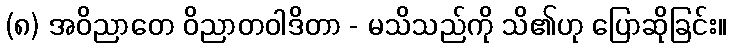
(၈) အဝိညာတေ ဝိညာတဝါဒိတာ - မသိသည်ကို သိ၏ဟု ပြောဆိုခြင်း။